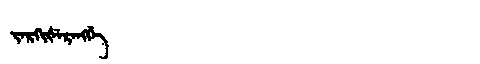
Manchu: ᠵᡝᡵᡴᡳᡧᡝᡵᡝᠩᡤᡝ
Romanization: JERKIŠERENGGE